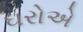
ઘરોએ